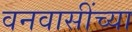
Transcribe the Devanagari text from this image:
वनवासींच्या